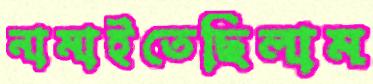
নামাইতেছিলাম